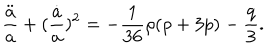
\frac { \ddot { a } } { a } + ( \frac { \dot { a } } { a } ) ^ { 2 } = - \frac { 1 } { 3 6 } \rho ( \rho + 3 p ) - \frac { q } { 3 } .